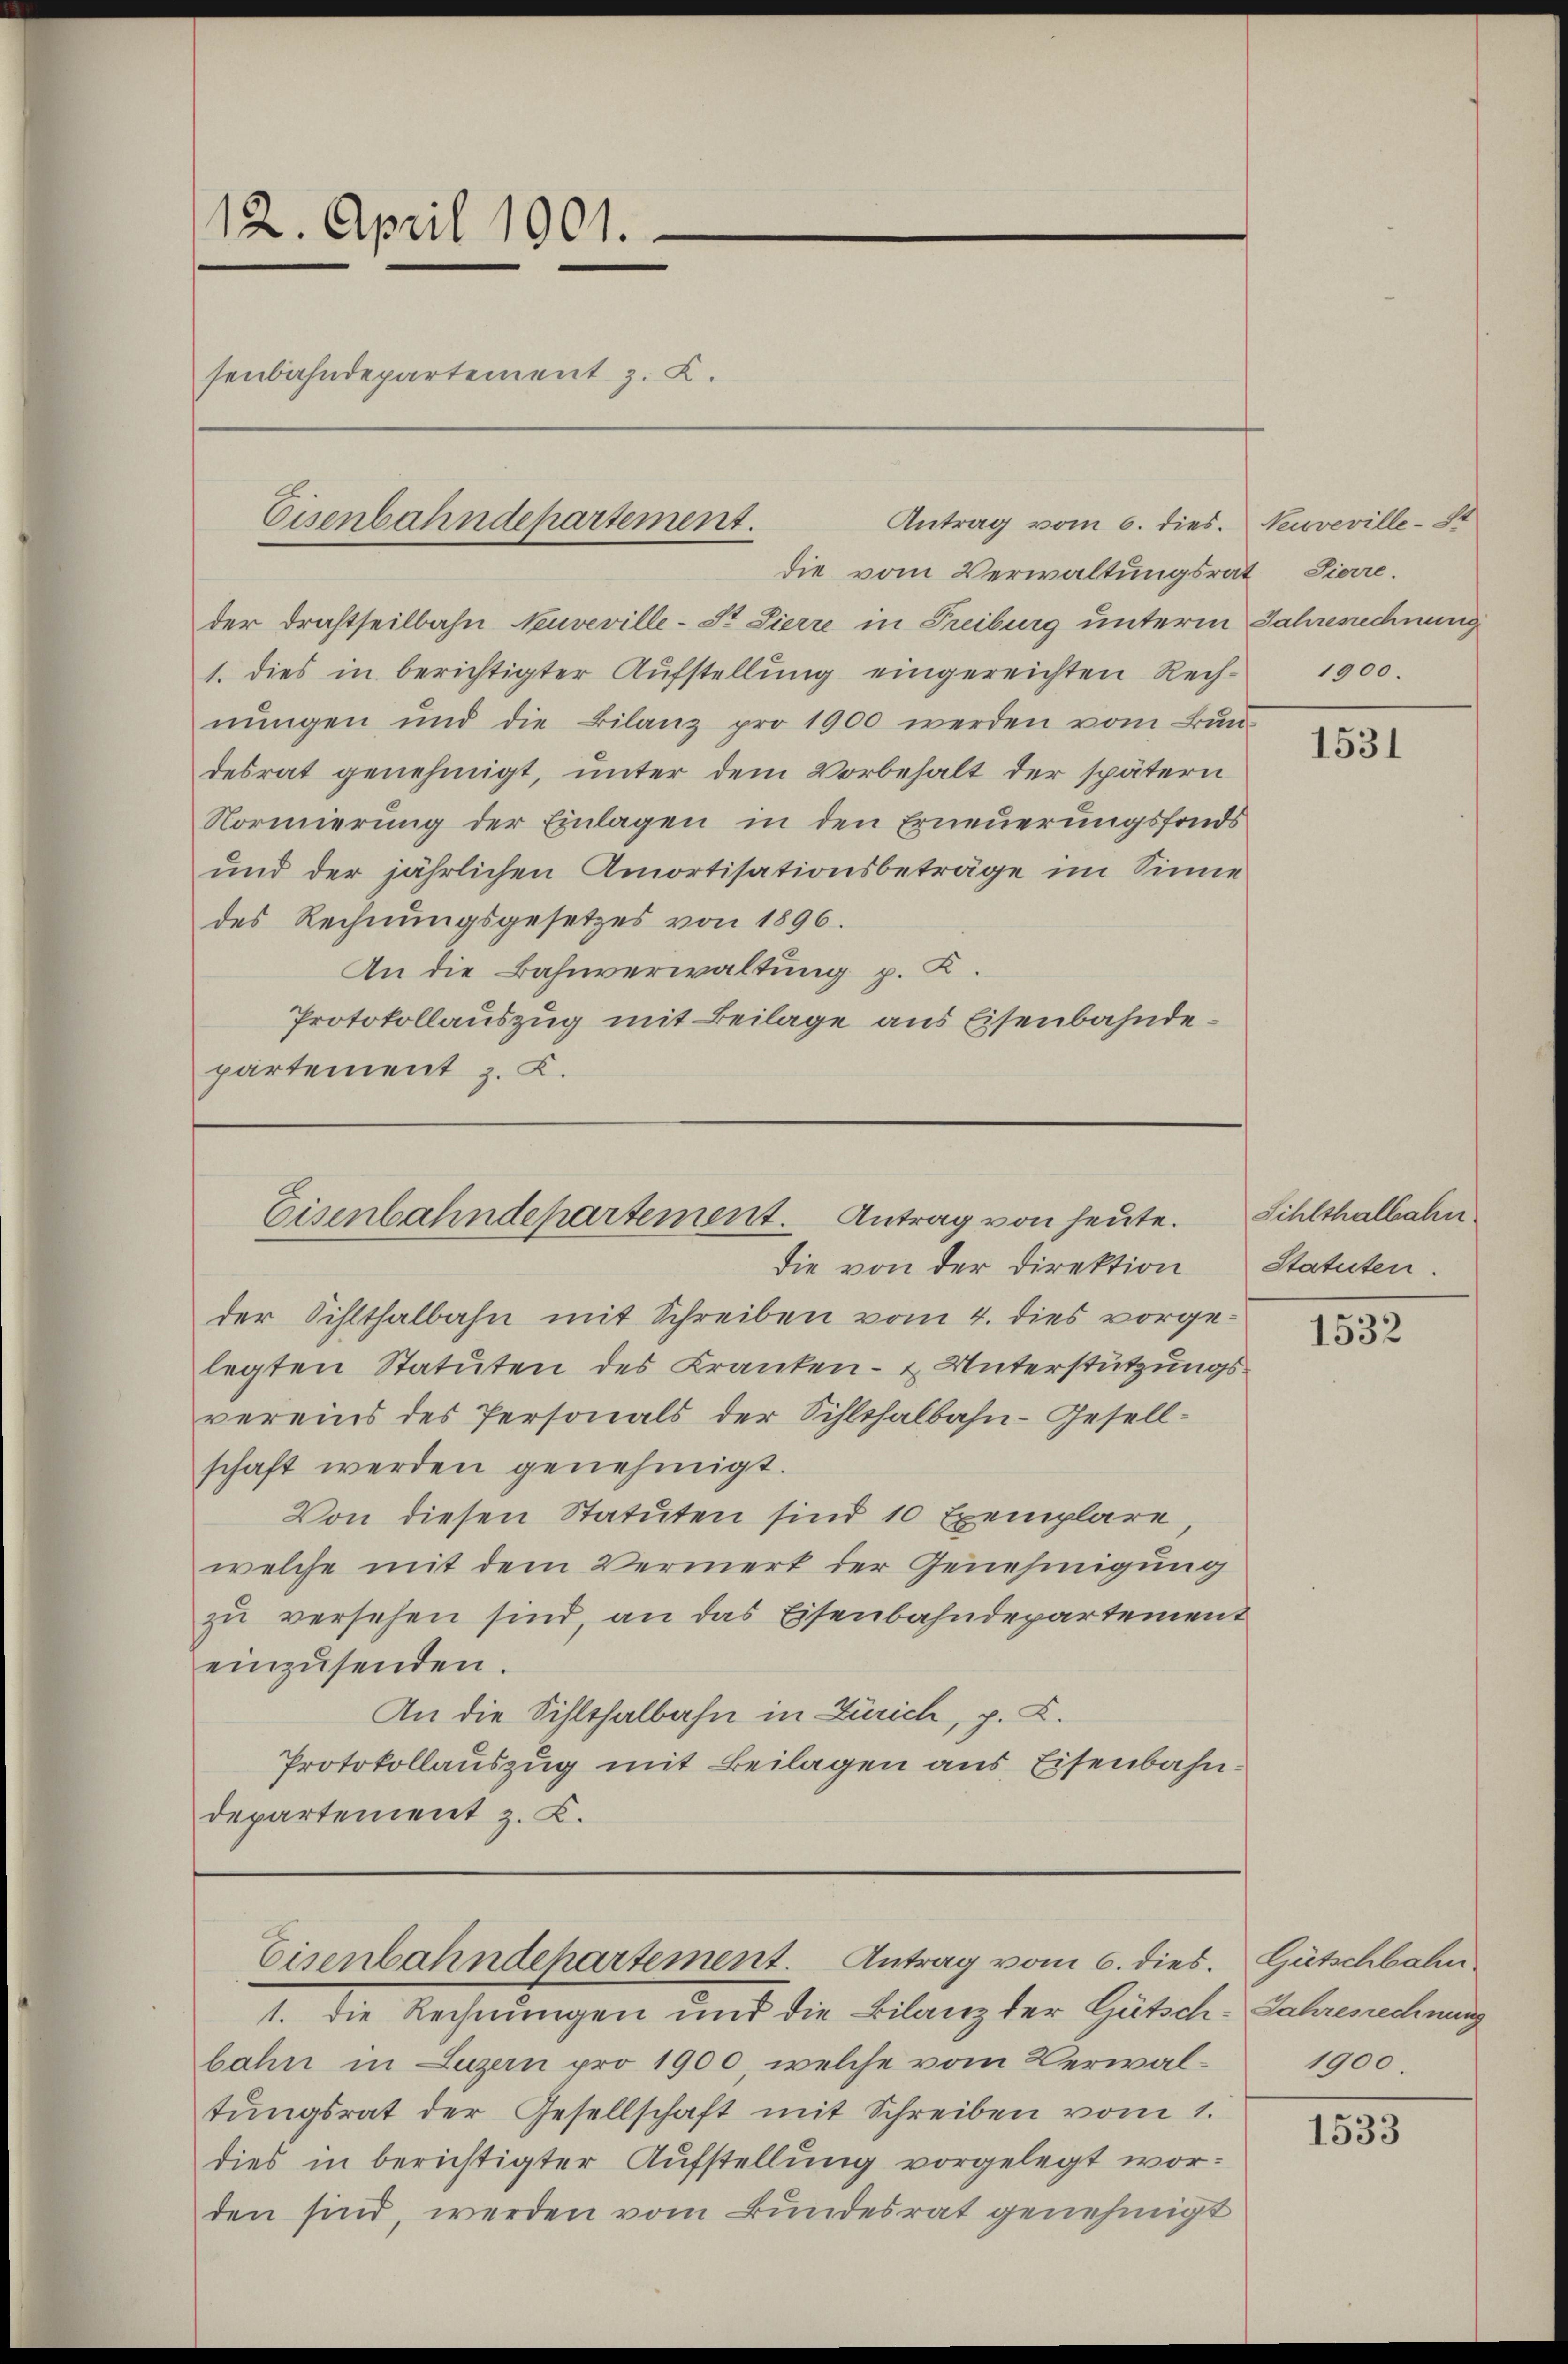
12. April 1901.
senbahndepartement z. K.

die vom Verwaltungsrat Pierre.
der Drahtheilbahn Neuveville-St. Sierre in Freiburg unterm Jahrenechnung
1. dies in berichtigter Aŭfstellŭng eingereichten Rech-
nungen und die Bilanz pro 1900 werden vom Bau-
desrat genehmigt, unter dem Vorbehalt der spätern
Normierung der Einlagen in den Erneuerungsfonds
und der jährlichen Amortisationsbeträge im Sinne
des Rechnungsgesetzes von 1896.
An die Bahnverwaltung p. K.
Protokollauszug mit Beilage aus Eisenbahndepartement z. K.

Eisenbahndepartement.
Antrag vom 6. dies.

Eisenbahndepartement. Antrag von heute.
die von der Direktion

der Sihlthalbahn mit Schreiben vom 4. dies vorgelegten Statuten des Kranken- & Unterstützungsvereins des Personals der Sihlthalbahn-Gesellschaft werden genehmigt.
Von diesen Statuten sind 10 Exemplare
welche mit dem Vermerk der Genehmigung
zŭ versehen sind, an das Eisenbahndepartement
einzŭsenden.
An die Sihlthalbahn in Zürich, p. C.
Protokollauszug mit Beilagen aus Eisenbahndepartement z. K.

1. die Rechnungen und die Bilanz der Gütsch-Jahresrechnung
bahn in Luzern pro 1900, welche vom Verwaltŭngsrat der Gesellschaft mit Schreiben vom 1.
dies in berichtigter Aufstellung vorgelegt worden sind, werden vom Bundesrat genehmigt

Eisenbahndehartement. Antrag vom 6. dies

Neuveville-S
1900.

1531

Sihlthalbahn.
Statuten.

1532

Gütschbahn
1900.

1533